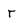
Character: r